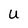
Character: U